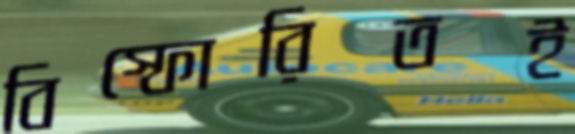
বিস্ফোরিতই